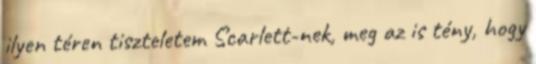
ilyen téren tiszteletem Scarlett-nek, meg az is tény, hogy